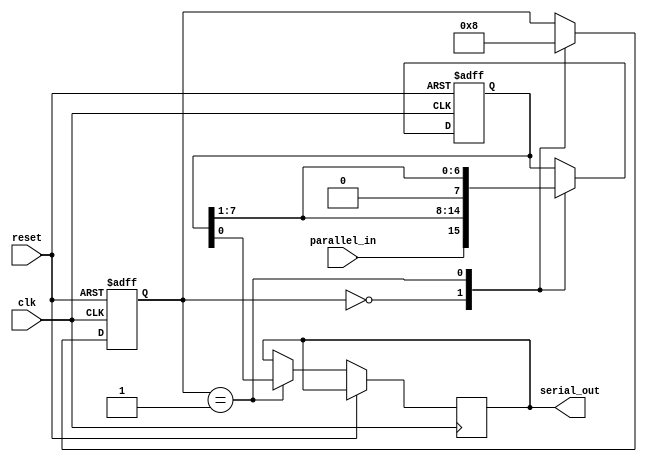
module PISO (
    input wire clk,
    input wire reset,
    input wire parallel_in,
    output reg serial_out
);

reg [7:0] shift_register;
reg [2:0] state;

always @ (posedge clk or posedge reset)
begin
    if (reset == 1'b1)
    begin
        shift_register <= 8'b00000000;
        state <= 3'b000;
    end
    else
    begin
        case (state)
            3'b000: begin // Load input data into shift register
                shift_register <= {parallel_in, shift_register[7:1]};
                state <= 3'b001;
            end
            3'b001: begin // Shift data out serially
                serial_out <= shift_register[0];
                shift_register <= {1'b0, shift_register[7:1]};
                state <= 3'b000;
            end
        endcase
    end
end

endmodule